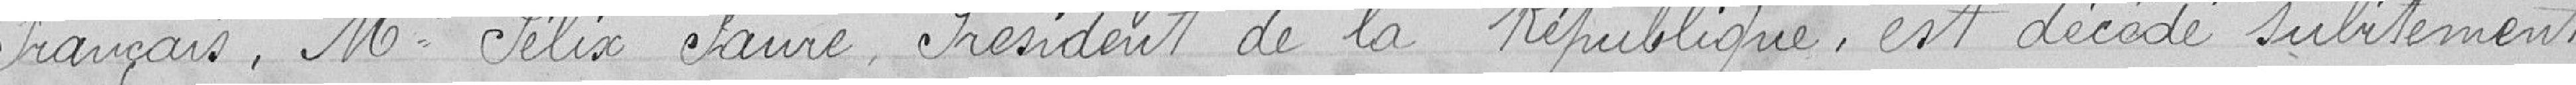
Français. Mr. Félix Faure Président de la République, est décédé subitement